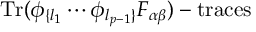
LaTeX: \mathrm { T r } ( \phi _ { \{ l _ { 1 } } \cdots \phi _ { l _ { p - 1 } \} } F _ { \alpha \beta } ) - \mathrm { t r a c e s }